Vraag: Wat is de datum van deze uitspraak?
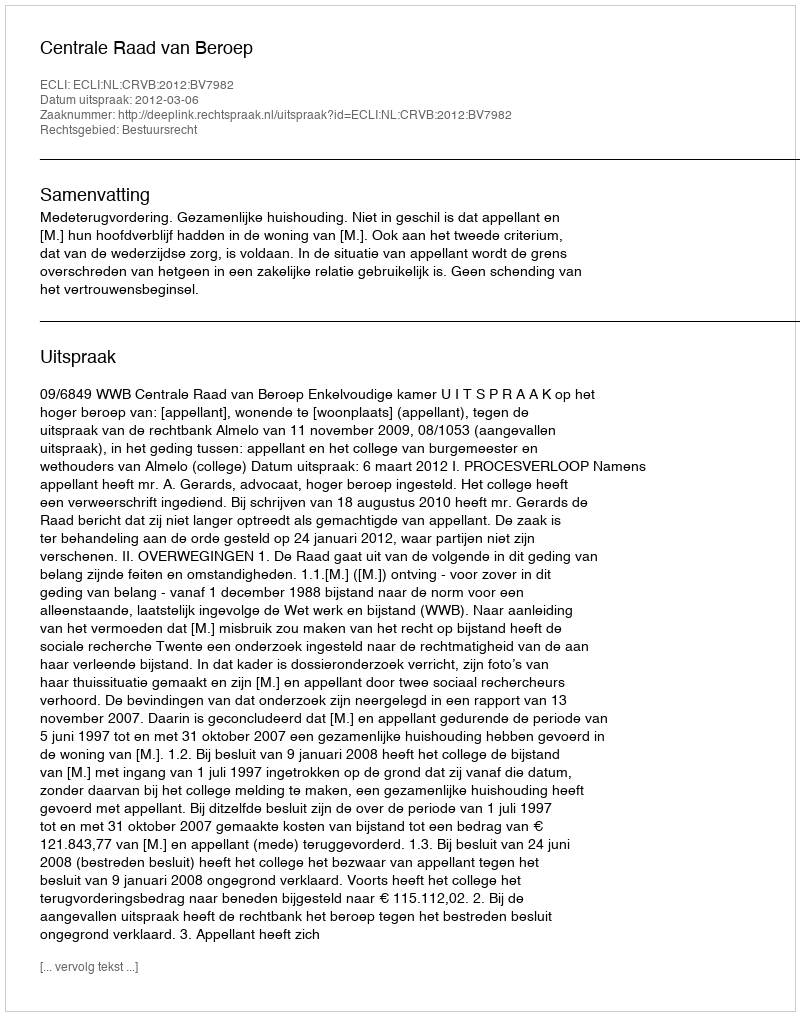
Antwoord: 2012-03-06